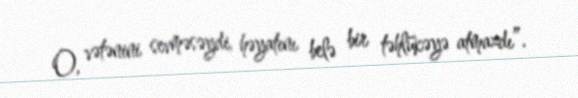
O, vətənini sevməsəydi, həyatını belə bir təhlükəyə atmazdı”.